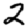
Digit: 2